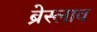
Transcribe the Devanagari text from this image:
ब्रेस्लाव